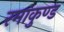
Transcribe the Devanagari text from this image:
रमाकुण्ड